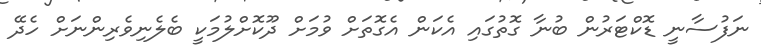
ނަފުސާނީ ޑޮކްޓަރުން ބުނާ ގޮތުގައި އެކަން އެގޮތަށް ވުމަށް ދޫކޮށްލުމަކީ ބެލެނިވެރިންނަށް ހެދޭ